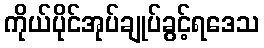
ကိုယ်ပိုင်အုပ်ချုပ်ခွင့်ရဒေသ